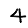
Digit: 4